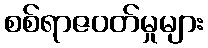
စစ်ရာဇဝတ်မှုများ